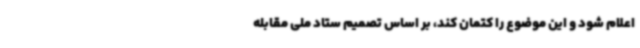
اعلام شود و این موضوع را کتمان کند، بر اساس تصمیم ستاد ملی مقابله